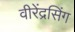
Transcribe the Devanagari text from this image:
वीरेंद्रसिंग